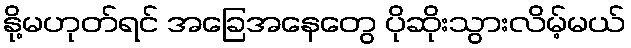
နို့မဟုတ်ရင် အခြေအနေတွေ ပိုဆိုးသွားလိမ့်မယ်